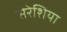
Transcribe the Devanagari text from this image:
सेरेशिया